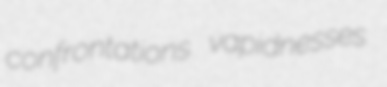
confrontations vapidnesses